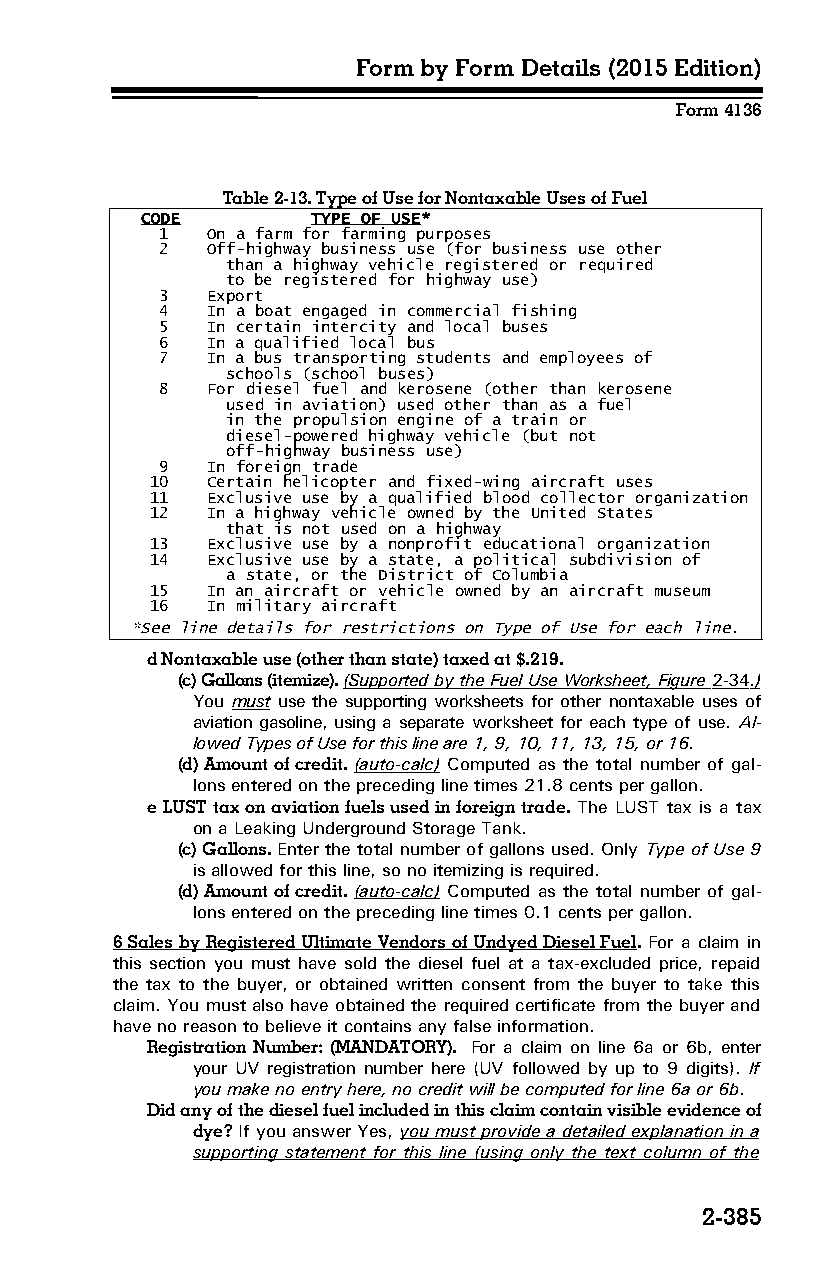
Form by Form Details (2015 Edition)
 Form 4136
 Table 2-13. Type of Use for Nontaxable Uses of Fuel
 CODE        TYPE OF USE*
 1  On a farm for farming purposes
 2  Off-highway business use (for business use other
 than a highway vehicle registered or required
 to be registered for highway use)
 3  Export
 4  In a boat engaged in commercial fishing
 5  In certain intercity and local buses
 6  In a qualified local bus
 7  In a bus transporting students and employees of
 schools (school buses)
 8  For diesel fuel and kerosene (other than kerosene
 used in aviation) used other than as a fuel
 in the propulsion engine of a train or
 diesel-powered highway vehicle (but not
 off-highway business use)
 9  In foreign trade
 10  Certain helicopter and fixed-wing aircraft uses
 11  Exclusive use by a qualified blood collector organization
 12  In a highway vehicle owned by the United States
 that is not used on a highway
 13  Exclusive use by a nonprofit educational organization
 14  Exclusive use by a state, a political subdivision of
 a state, or the District of Columbia
 15  In an aircraft or vehicle owned by an aircraft museum
 16  In military aircraft
 *See line details for restrictions on Type of Use for each line.
 d Nontaxable use (other than state) taxed at $.219.
 (c) Gallons (itemize). (Supported by the Fuel Use Worksheet, Figure 2-34 .)
 You must use the supporting worksheets for other nontaxable uses of
 aviation gasoline, using a separate worksheet for each type of use. Al­
 lowed Types of Use for this line are 1, 9, 10, 11, 13, 15, or 16.
 (d) Amount of credit. (auto-calc) Computed as the total number of gal­
 lons entered on the preceding line times 21.8 cents per gallon.
 e LUST tax on aviation fuels used in foreign trade. The LUST tax is a tax
 on a Leaking Underground Storage Tank.
 (c) Gallons. Enter the total number of gallons used. Only Type of Use 9
 is allowed for this line, so no itemizing is required.
 (d) Amount of credit. (auto-calc) Computed as the total number of gal­
 lons entered on the preceding line times 0.1 cents per gallon.
 6 Sales by Registered Ultimate Vendors of Undyed Diesel Fuel. For a claim in
 this section you must have sold the diesel fuel at a tax-excluded price, repaid
 the tax to the buyer, or obtained written consent from the buyer to take this
 claim. You must also have obtained the required certificate from the buyer and
 have no reason to believe it contains any false information.
 Registration Number: (MANDATORY). For a claim on line 6a or 6b, enter
 your UV registration number here (UV followed by up to 9 digits). If
 you make no entry here, no credit will be computed for line 6a or 6b.
 Did any of the diesel fuel included in this claim contain visible evidence of
 dye? If you answer Yes, you must provide a detailed explanation in a
 supporting statement for this line (using only the text column of the
 2-385